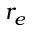
r _ { e }